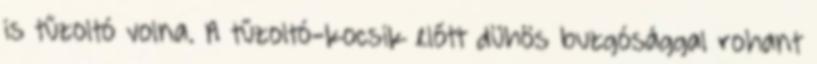
is tűzoltó volna. A tűzoltó-kocsik előtt dühös buzgósággal rohant